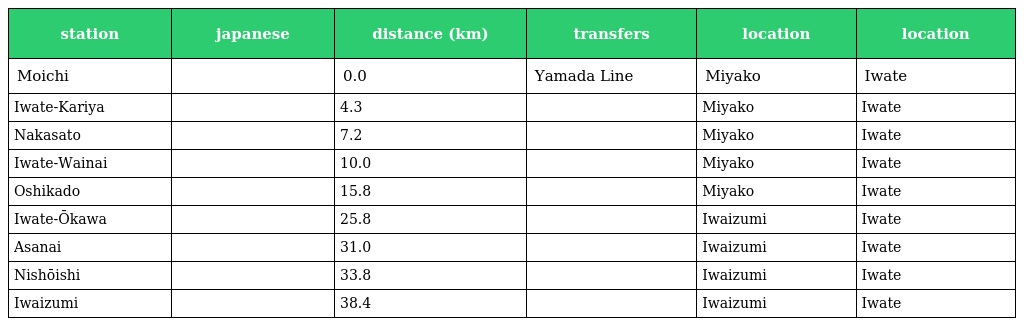
| station | japanese | distance (km) | transfers | location | location |
 | --- | --- | --- | --- | --- | --- |
 | Moichi | 茂市 | 0.0 | Yamada Line | Miyako | Iwate |
 | Iwate-Kariya | 岩手刈屋 | 4.3 |  | Miyako | Iwate |
 | Nakasato | 中里 | 7.2 |  | Miyako | Iwate |
 | Iwate-Wainai | 岩手和井内 | 10.0 |  | Miyako | Iwate |
 | Oshikado | 押角 | 15.8 |  | Miyako | Iwate |
 | Iwate-Ōkawa | 岩手大川 | 25.8 |  | Iwaizumi | Iwate |
 | Asanai | 浅内 | 31.0 |  | Iwaizumi | Iwate |
 | Nishōishi | 二升石 | 33.8 |  | Iwaizumi | Iwate |
 | Iwaizumi | 岩泉 | 38.4 |  | Iwaizumi | Iwate |